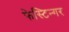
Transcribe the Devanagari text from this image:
फेस्टिन्गर